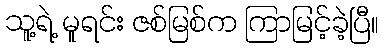
သူ့ရဲ့ မူရင်း ဇစ်မြစ်က ကြာမြင့်ခဲ့ပြီ။